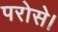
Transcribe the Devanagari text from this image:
परोसे।